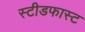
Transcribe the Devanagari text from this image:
स्टीडफास्ट